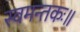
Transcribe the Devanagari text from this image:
स्वमन्तकः॥